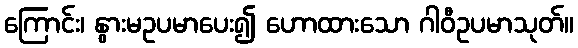
ကြောင်း၊ နွားမဥပမာပေး၍ ဟောထားသော ဂါဝီဥပမာသုတ်။